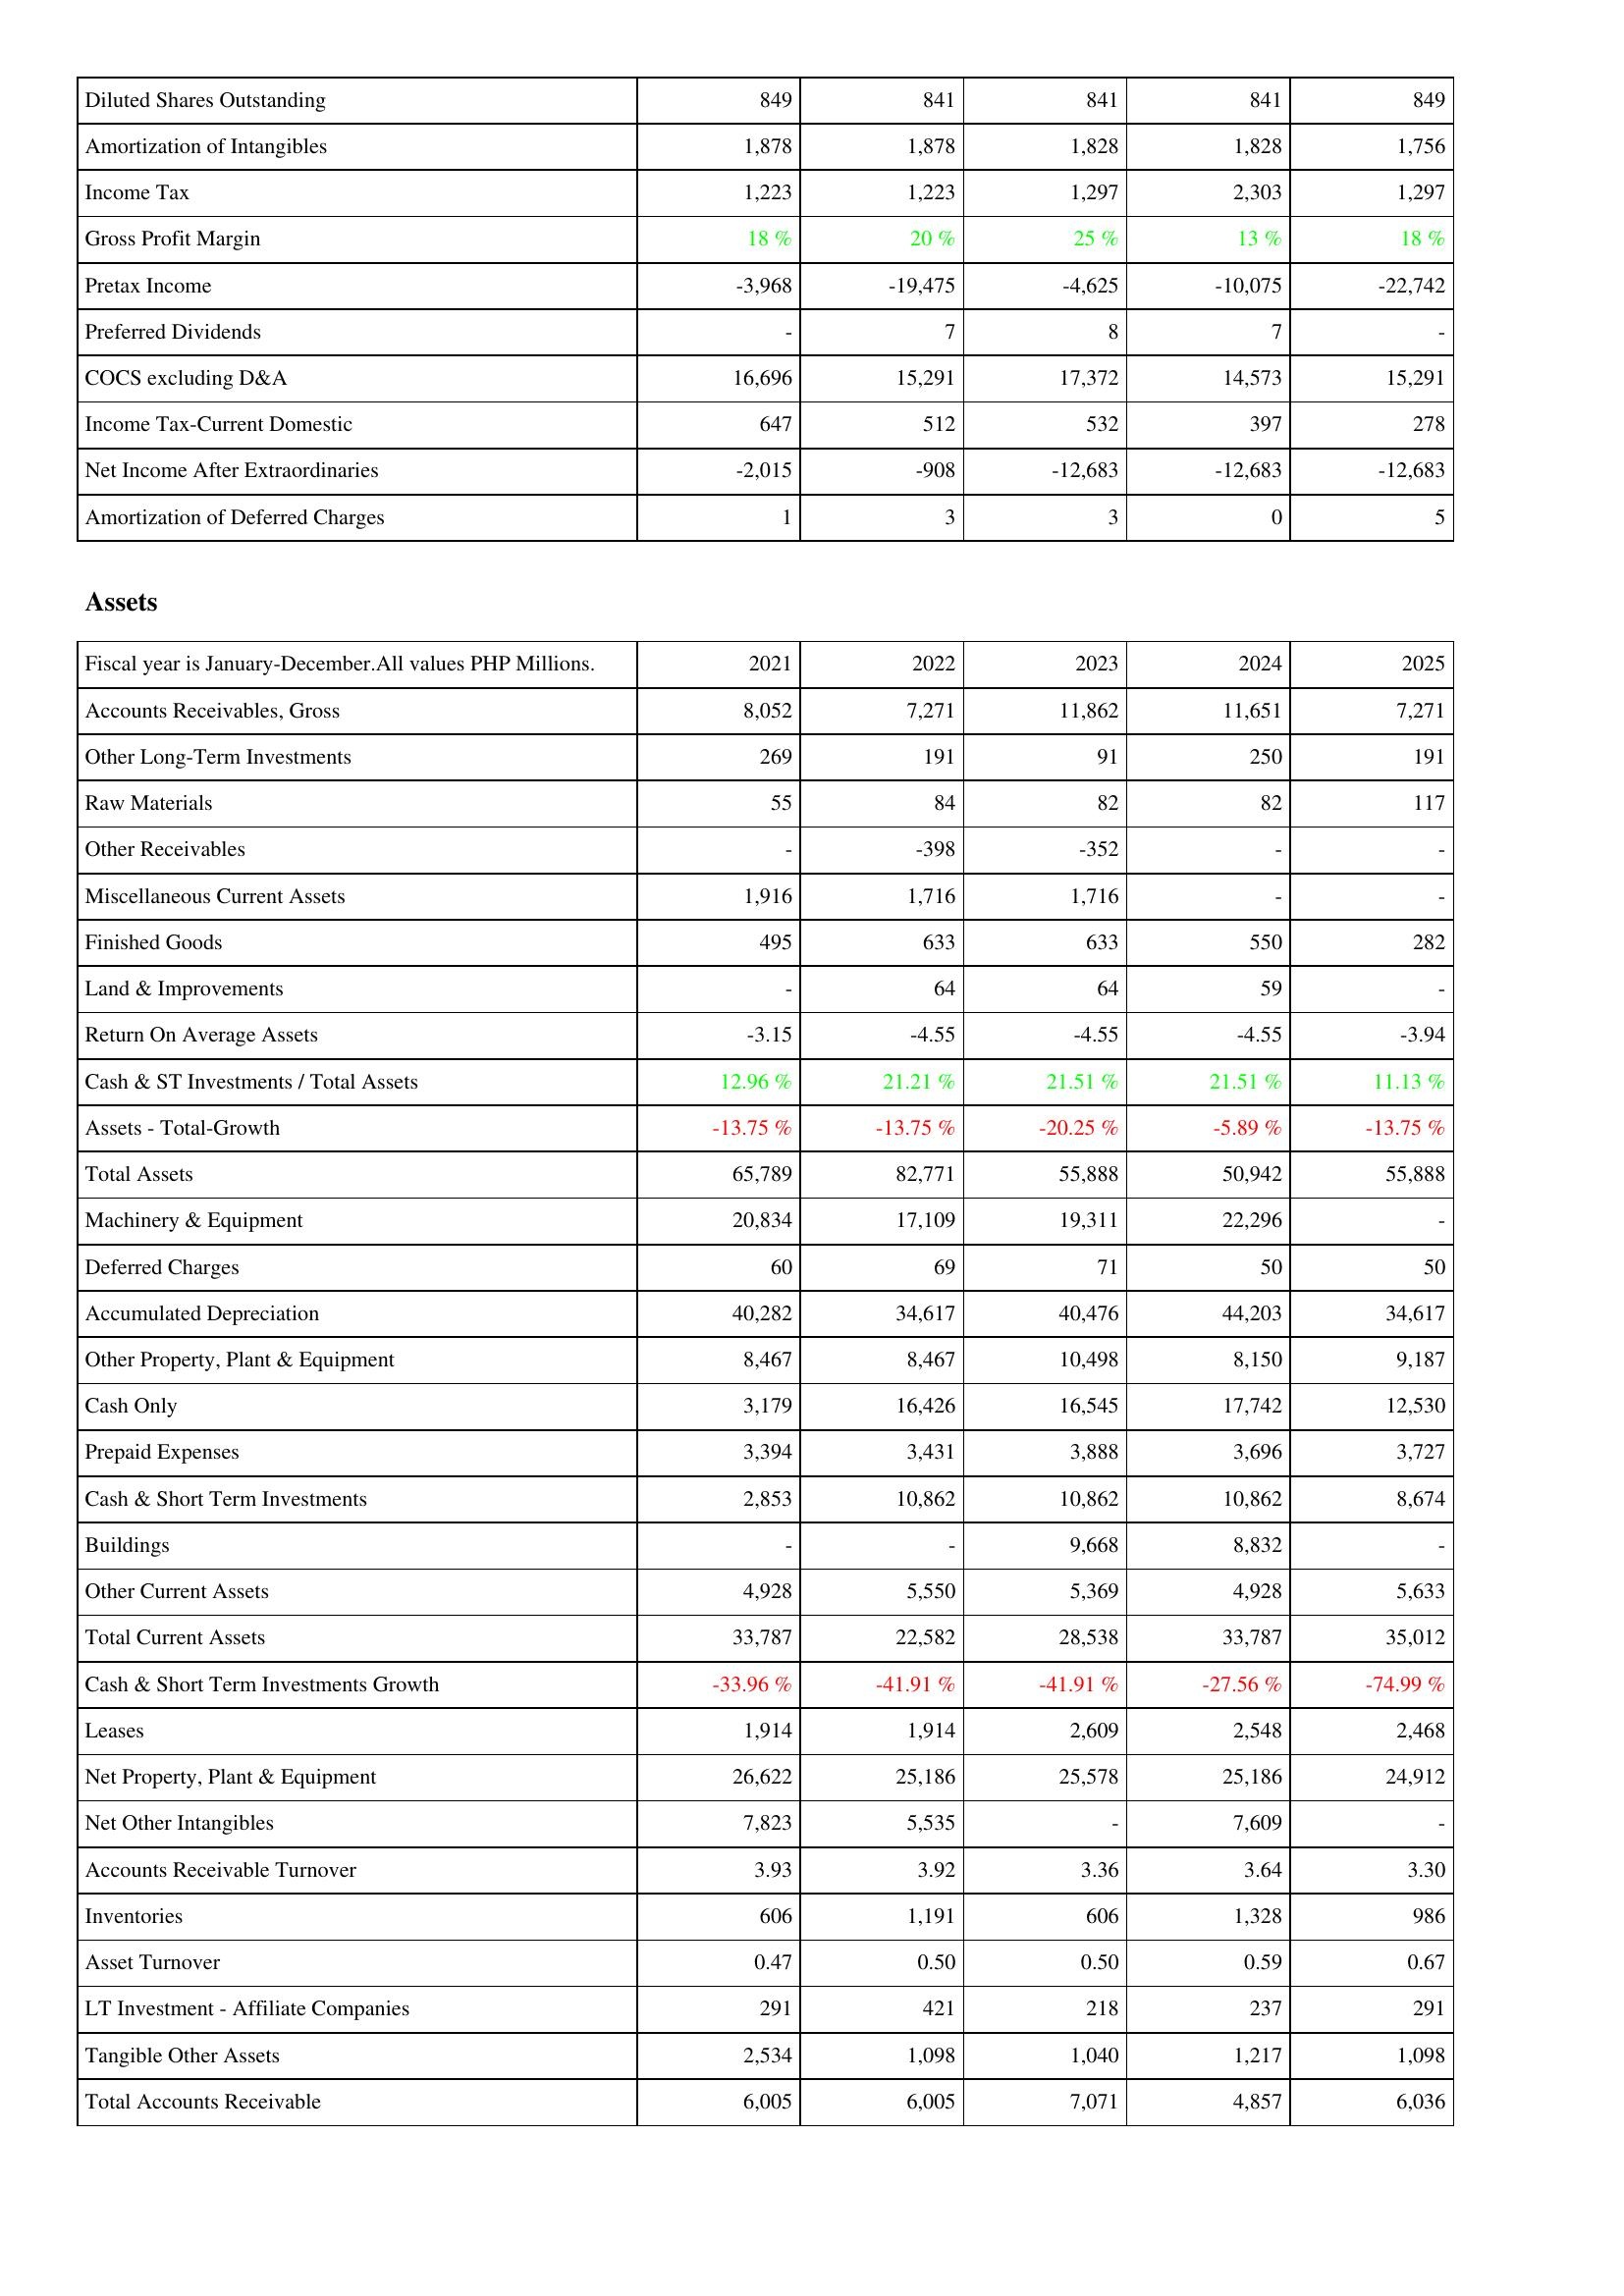
2021: Income Statement: Diluted Shares Outstanding: 849
Amortization of Intangibles: 1,878
Income Tax: 1,223
Gross Profit Margin: 18 %
Pretax Income: -3,968
Preferred Dividends: -
COCS excluding D&A: 16,696
Income Tax-Current Domestic: 647
Net Income After Extraordinaries: -2,015
Amortization of Deferred Charges: 1
Assets: Accounts Receivables, Gross: 8,052
Other Long-Term Investments: 269
Raw Materials: 55
Other Receivables: -
Miscellaneous Current Assets: 1,916
Finished Goods: 495
Land & Improvements: -
Return On Average Assets: -3.15
Cash & ST Investments / Total Assets: 12.96 %
Assets - Total-Growth: -13.75 %
Total Assets: 65,789
Machinery & Equipment: 20,834
Deferred Charges: 60
Accumulated Depreciation: 40,282
Other Property, Plant & Equipment: 8,467
Cash Only: 3,179
Prepaid Expenses: 3,394
Cash & Short Term Investments: 2,853
Buildings: -
Other Current Assets: 4,928
Total Current Assets: 33,787
Cash & Short Term Investments Growth: -33.96 %
Leases: 1,914
Net Property, Plant & Equipment: 26,622
Net Other Intangibles: 7,823
Accounts Receivable Turnover: 3.93
Inventories: 606
Asset Turnover: 0.47
LT Investment - Affiliate Companies: 291
Tangible Other Assets: 2,534
Total Accounts Receivable: 6,005
2022: Income Statement: Diluted Shares Outstanding: 841
Amortization of Intangibles: 1,878
Income Tax: 1,223
Gross Profit Margin: 20 %
Pretax Income: -19,475
Preferred Dividends: 7
COCS excluding D&A: 15,291
Income Tax-Current Domestic: 512
Net Income After Extraordinaries: -908
Amortization of Deferred Charges: 3
Assets: Accounts Receivables, Gross: 7,271
Other Long-Term Investments: 191
Raw Materials: 84
Other Receivables: -398
Miscellaneous Current Assets: 1,716
Finished Goods: 633
Land & Improvements: 64
Return On Average Assets: -4.55
Cash & ST Investments / Total Assets: 21.21 %
Assets - Total-Growth: -13.75 %
Total Assets: 82,771
Machinery & Equipment: 17,109
Deferred Charges: 69
Accumulated Depreciation: 34,617
Other Property, Plant & Equipment: 8,467
Cash Only: 16,426
Prepaid Expenses: 3,431
Cash & Short Term Investments: 10,862
Buildings: -
Other Current Assets: 5,550
Total Current Assets: 22,582
Cash & Short Term Investments Growth: -41.91 %
Leases: 1,914
Net Property, Plant & Equipment: 25,186
Net Other Intangibles: 5,535
Accounts Receivable Turnover: 3.92
Inventories: 1,191
Asset Turnover: 0.50
LT Investment - Affiliate Companies: 421
Tangible Other Assets: 1,098
Total Accounts Receivable: 6,005
2023: Income Statement: Diluted Shares Outstanding: 841
Amortization of Intangibles: 1,828
Income Tax: 1,297
Gross Profit Margin: 25 %
Pretax Income: -4,625
Preferred Dividends: 8
COCS excluding D&A: 17,372
Income Tax-Current Domestic: 532
Net Income After Extraordinaries: -12,683
Amortization of Deferred Charges: 3
Assets: Accounts Receivables, Gross: 11,862
Other Long-Term Investments: 91
Raw Materials: 82
Other Receivables: -352
Miscellaneous Current Assets: 1,716
Finished Goods: 633
Land & Improvements: 64
Return On Average Assets: -4.55
Cash & ST Investments / Total Assets: 21.51 %
Assets - Total-Growth: -20.25 %
Total Assets: 55,888
Machinery & Equipment: 19,311
Deferred Charges: 71
Accumulated Depreciation: 40,476
Other Property, Plant & Equipment: 10,498
Cash Only: 16,545
Prepaid Expenses: 3,888
Cash & Short Term Investments: 10,862
Buildings: 9,668
Other Current Assets: 5,369
Total Current Assets: 28,538
Cash & Short Term Investments Growth: -41.91 %
Leases: 2,609
Net Property, Plant & Equipment: 25,578
Net Other Intangibles: -
Accounts Receivable Turnover: 3.36
Inventories: 606
Asset Turnover: 0.50
LT Investment - Affiliate Companies: 218
Tangible Other Assets: 1,040
Total Accounts Receivable: 7,071
2024: Income Statement: Diluted Shares Outstanding: 841
Amortization of Intangibles: 1,828
Income Tax: 2,303
Gross Profit Margin: 13 %
Pretax Income: -10,075
Preferred Dividends: 7
COCS excluding D&A: 14,573
Income Tax-Current Domestic: 397
Net Income After Extraordinaries: -12,683
Amortization of Deferred Charges: 0
Assets: Accounts Receivables, Gross: 11,651
Other Long-Term Investments: 250
Raw Materials: 82
Other Receivables: -
Miscellaneous Current Assets: -
Finished Goods: 550
Land & Improvements: 59
Return On Average Assets: -4.55
Cash & ST Investments / Total Assets: 21.51 %
Assets - Total-Growth: -5.89 %
Total Assets: 50,942
Machinery & Equipment: 22,296
Deferred Charges: 50
Accumulated Depreciation: 44,203
Other Property, Plant & Equipment: 8,150
Cash Only: 17,742
Prepaid Expenses: 3,696
Cash & Short Term Investments: 10,862
Buildings: 8,832
Other Current Assets: 4,928
Total Current Assets: 33,787
Cash & Short Term Investments Growth: -27.56 %
Leases: 2,548
Net Property, Plant & Equipment: 25,186
Net Other Intangibles: 7,609
Accounts Receivable Turnover: 3.64
Inventories: 1,328
Asset Turnover: 0.59
LT Investment - Affiliate Companies: 237
Tangible Other Assets: 1,217
Total Accounts Receivable: 4,857
2025: Income Statement: Diluted Shares Outstanding: 849
Amortization of Intangibles: 1,756
Income Tax: 1,297
Gross Profit Margin: 18 %
Pretax Income: -22,742
Preferred Dividends: -
COCS excluding D&A: 15,291
Income Tax-Current Domestic: 278
Net Income After Extraordinaries: -12,683
Amortization of Deferred Charges: 5
Assets: Accounts Receivables, Gross: 7,271
Other Long-Term Investments: 191
Raw Materials: 117
Other Receivables: -
Miscellaneous Current Assets: -
Finished Goods: 282
Land & Improvements: -
Return On Average Assets: -3.94
Cash & ST Investments / Total Assets: 11.13 %
Assets - Total-Growth: -13.75 %
Total Assets: 55,888
Machinery & Equipment: -
Deferred Charges: 50
Accumulated Depreciation: 34,617
Other Property, Plant & Equipment: 9,187
Cash Only: 12,530
Prepaid Expenses: 3,727
Cash & Short Term Investments: 8,674
Buildings: -
Other Current Assets: 5,633
Total Current Assets: 35,012
Cash & Short Term Investments Growth: -74.99 %
Leases: 2,468
Net Property, Plant & Equipment: 24,912
Net Other Intangibles: -
Accounts Receivable Turnover: 3.30
Inventories: 986
Asset Turnover: 0.67
LT Investment - Affiliate Companies: 291
Tangible Other Assets: 1,098
Total Accounts Receivable: 6,036